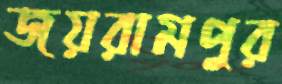
জয়রামপুর